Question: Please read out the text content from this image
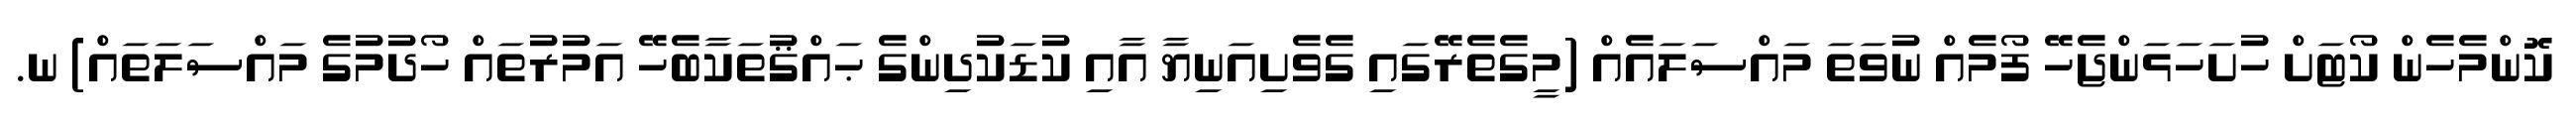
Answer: ކޮންމެހެން ކޯޓަށް ހުށަހަޅަންޖެހޭ ފޯމެއް ނުވަތަ މައްސަލައެއް (މީގެތެރޭގައި ގެވެށިއަނިޔާ އާއި ކުޑަކުދިންގެ ޙައްޤުތަކާބެހޭ އަމުރުތައް ހޯދުމުގެ މައްސަލަތައް) ނ.